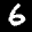
Label: 6